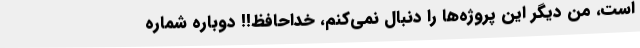
است، من دیگر این پروژه‌ها را دنبال نمی‌کنم، خداحافظ!! دوباره شماره